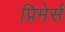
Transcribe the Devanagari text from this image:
प्रिमेर्स